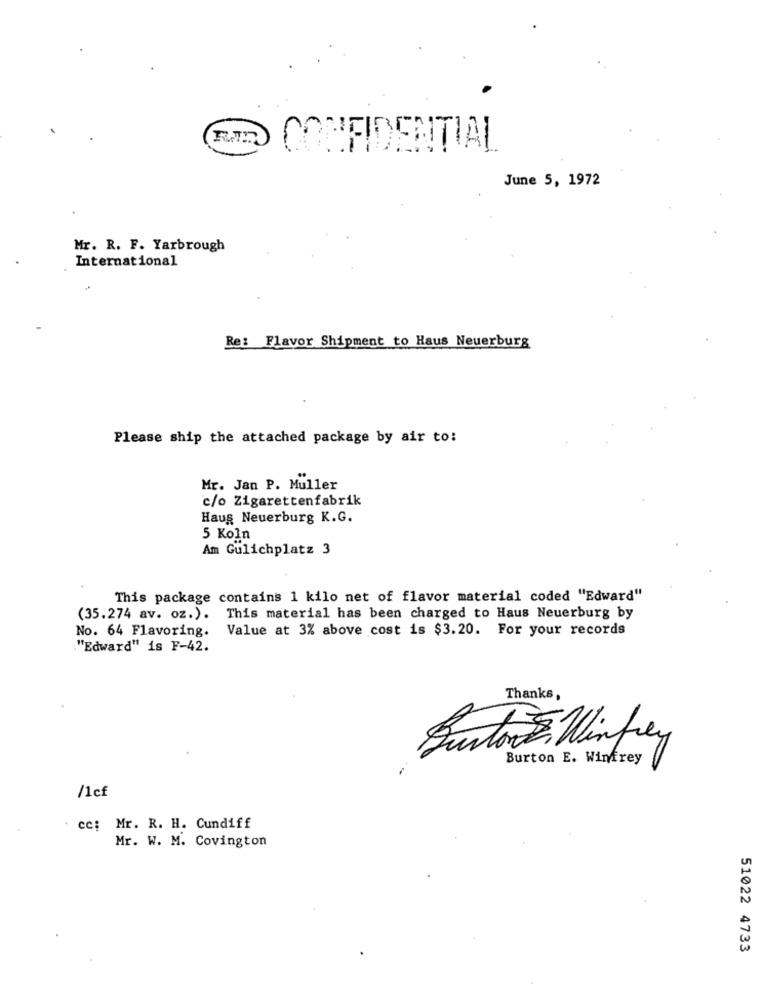
CONFIDENTIAL
June 5, 1972
Mr. R. F. Yarbrough
International
Re: Flavor Shipment to Haus Neuerburg
Please ship the attached package by air to:
Mr. Jan P. Muller
c/o Zigarettenfabrik
Haus Neuerburg K.G.
5 Koln
Am Gulichplatz 3
This package contains 1 kilo net of flavor material coded "Edward"
(35.274 av. oz.). This material has been charged to Haus Neuerburg by
No. 64 Flavoring.
Value at 3% above cost is $3.20. For your records
"Edward" is F-42.
Thanks,
Burton E Winfrey
Burton E. Winfrey
/1cf
cc: Mr. R. H. Cundiff
Mr. W. M. Covington
51022 4733